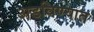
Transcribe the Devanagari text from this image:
अडविण्यात